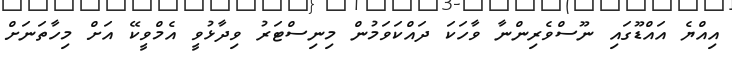
އިއްޔެ އައްޑޫގައި ނޫސްވެރިންނާ ވާހަކަ ދައްކަވަމުން މިނިސްޓަރު ވިދާޅުވީ އެމްވީކޭ އަށް މިހާތަނަށް